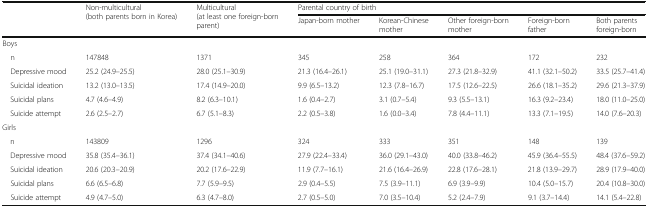
<table><thead><tr><td rowspan="2"></td><td rowspan="2"><b>Non-multicultural (both parents born in Korea)</b></td><td rowspan="2"><b>Multicultural (at least one foreign-born parent)</b></td><td colspan="5"><b>Parental country of birth</b></td></tr><tr><td><b>Japan-born mother</b></td><td><b>Korean-Chinese mother</b></td><td><b>Other foreign-born mother</b></td><td><b>Foreign-born father</b></td><td><b>Both parents foreign-born</b></td></tr></thead><tbody><tr><td colspan="8">Boys</td></tr><tr><td> n</td><td>147848</td><td>1371</td><td>345</td><td>258</td><td>364</td><td>172</td><td>232</td></tr><tr><td> Depressive mood</td><td>25.2 (24.9–25.5)</td><td>28.0 (25.1–30.9)</td><td>21.3 (16.4–26.1)</td><td>25.1 (19.0–31.1)</td><td>27.3 (21.8–32.9)</td><td>41.1 (32.1–50.2)</td><td>33.5 (25.7–41.4)</td></tr><tr><td> Suicidal ideation</td><td>13.2 (13.0–13.5)</td><td>17.4 (14.9–20.0)</td><td>9.9 (6.5–13.2)</td><td>12.3 (7.8–16.7)</td><td>17.5 (12.6–22.5)</td><td>26.6 (18.1–35.2)</td><td>29.6 (21.3–37.9)</td></tr><tr><td> Suicidal plans</td><td>4.7 (4.6–4.9)</td><td>8.2 (6.3–10.1)</td><td>1.6 (0.4–2.7)</td><td>3.1 (0.7–5.4)</td><td>9.3 (5.5–13.1)</td><td>16.3 (9.2–23.4)</td><td>18.0 (11.0–25.0)</td></tr><tr><td> Suicide attempt</td><td>2.6 (2.5–2.7)</td><td>6.7 (5.1–8.3)</td><td>2.2 (0.5–3.8)</td><td>1.6 (0.0–3.4)</td><td>7.8 (4.4–11.1)</td><td>13.3 (7.1–19.5)</td><td>14.0 (7.6–20.3)</td></tr><tr><td colspan="8">Girls</td></tr><tr><td> n</td><td>143809</td><td>1296</td><td>324</td><td>333</td><td>351</td><td>148</td><td>139</td></tr><tr><td> Depressive mood</td><td>35.8 (35.4–36.1)</td><td>37.4 (34.1–40.6)</td><td>27.9 (22.4–33.4)</td><td>36.0 (29.1–43.0)</td><td>40.0 (33.8–46.2)</td><td>45.9 (36.4–55.5)</td><td>48.4 (37.6–59.2)</td></tr><tr><td> Suicidal ideation</td><td>20.6 (20.3–20.9)</td><td>20.2 (17.6–22.9)</td><td>11.9 (7.7–16.1)</td><td>21.6 (16.4–26.9)</td><td>22.8 (17.6–28.1)</td><td>21.8 (13.9–29.7)</td><td>28.9 (17.9–40.0)</td></tr><tr><td> Suicidal plans</td><td>6.6 (6.5–6.8)</td><td>7.7 (5.9–9.5)</td><td>2.9 (0.4–5.5)</td><td>7.5 (3.9–11.1)</td><td>6.9 (3.9–9.9)</td><td>10.4 (5.0–15.7)</td><td>20.4 (10.8–30.0)</td></tr><tr><td> Suicide attempt</td><td>4.9 (4.7–5.0)</td><td>6.3 (4.7–8.0)</td><td>2.7 (0.5–5.0)</td><td>7.0 (3.5–10.4)</td><td>5.2 (2.4–7.9)</td><td>9.1 (3.7–14.4)</td><td>14.1 (5.4–22.8)</td></tr></tbody></table>